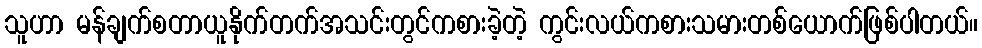
သူဟာ မန်ချက်စတာယူနိုက်တက်အသင်းတွင်ကစားခဲ့တဲ့ ကွင်းလယ်ကစားသမားတစ်ယောက်ဖြစ်ပါတယ်။